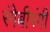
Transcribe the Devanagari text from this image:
रंगेबीरंगी